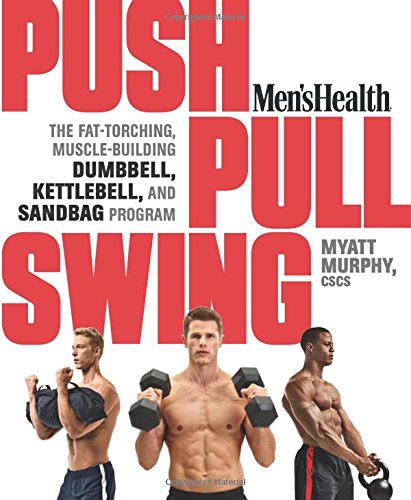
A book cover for Men's Health Push, Pull, Swing: The Fat-Torching, Muscle-Building Dumbbell, Kettlebell & Sandbag Program; Myatt Murphy; Health, Fitness & Dieting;